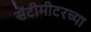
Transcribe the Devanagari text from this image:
सेंटीमीटरच्या